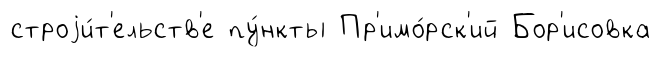
строjи́т'ельств'е пу́нкты Пр'имо́рск'ий Бор'исовка